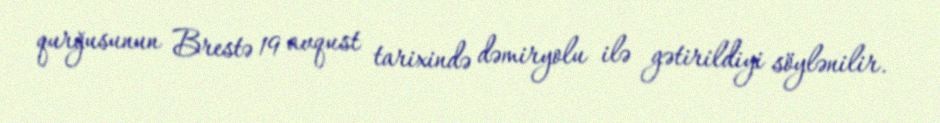
qurğusunun Brestə 19 avqust tarixində dəmiryolu ilə gətirildiyi söylənilir.